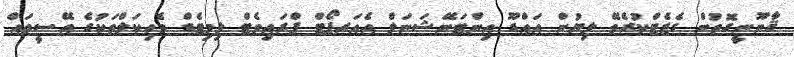
ޤާނޫނީގޮތުން ގެޒެޓްކުރެވޭ ލިޔުން އައްޑޫ އިންޓަނޭޝަނަލް އެއަރޕޯޓް ޕްރައިވެޓް ލިމިޓެޑް ވެހިކަލްތަކުގެ އޭސީތައް